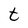
Character: t